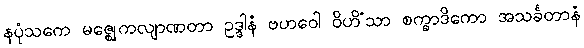
နပုံသကေ မဇ္ဈေကလျာဏတာ ဥဒ္ဒါနံ ဗဟဝေါ ဝိဟိံသာ စက္ခာဒိကော အသင်္ခတာနံ